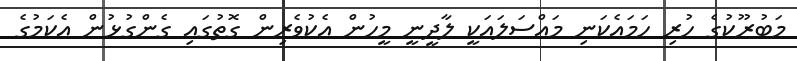
މަބުރޫކުގެ ހުރި ހަމައެކަނި މައްސަލައަކީ ލާދީނީ މީހުން އެކުވެރިން ގޮތުގައި ގެންގުޅުން އެކަމުގެ